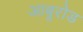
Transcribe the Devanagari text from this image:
आबूरोड